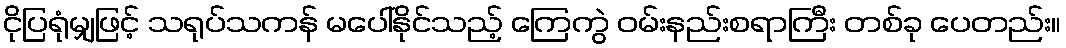
ငိုပြရုံမျှဖြင့် သရုပ်သကန် မပေါ်နိုင်သည့် ကြေကွဲ ဝမ်းနည်းစရာကြီး တစ်ခု ပေတည်း။